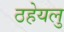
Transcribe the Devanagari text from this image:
ठहेयलु